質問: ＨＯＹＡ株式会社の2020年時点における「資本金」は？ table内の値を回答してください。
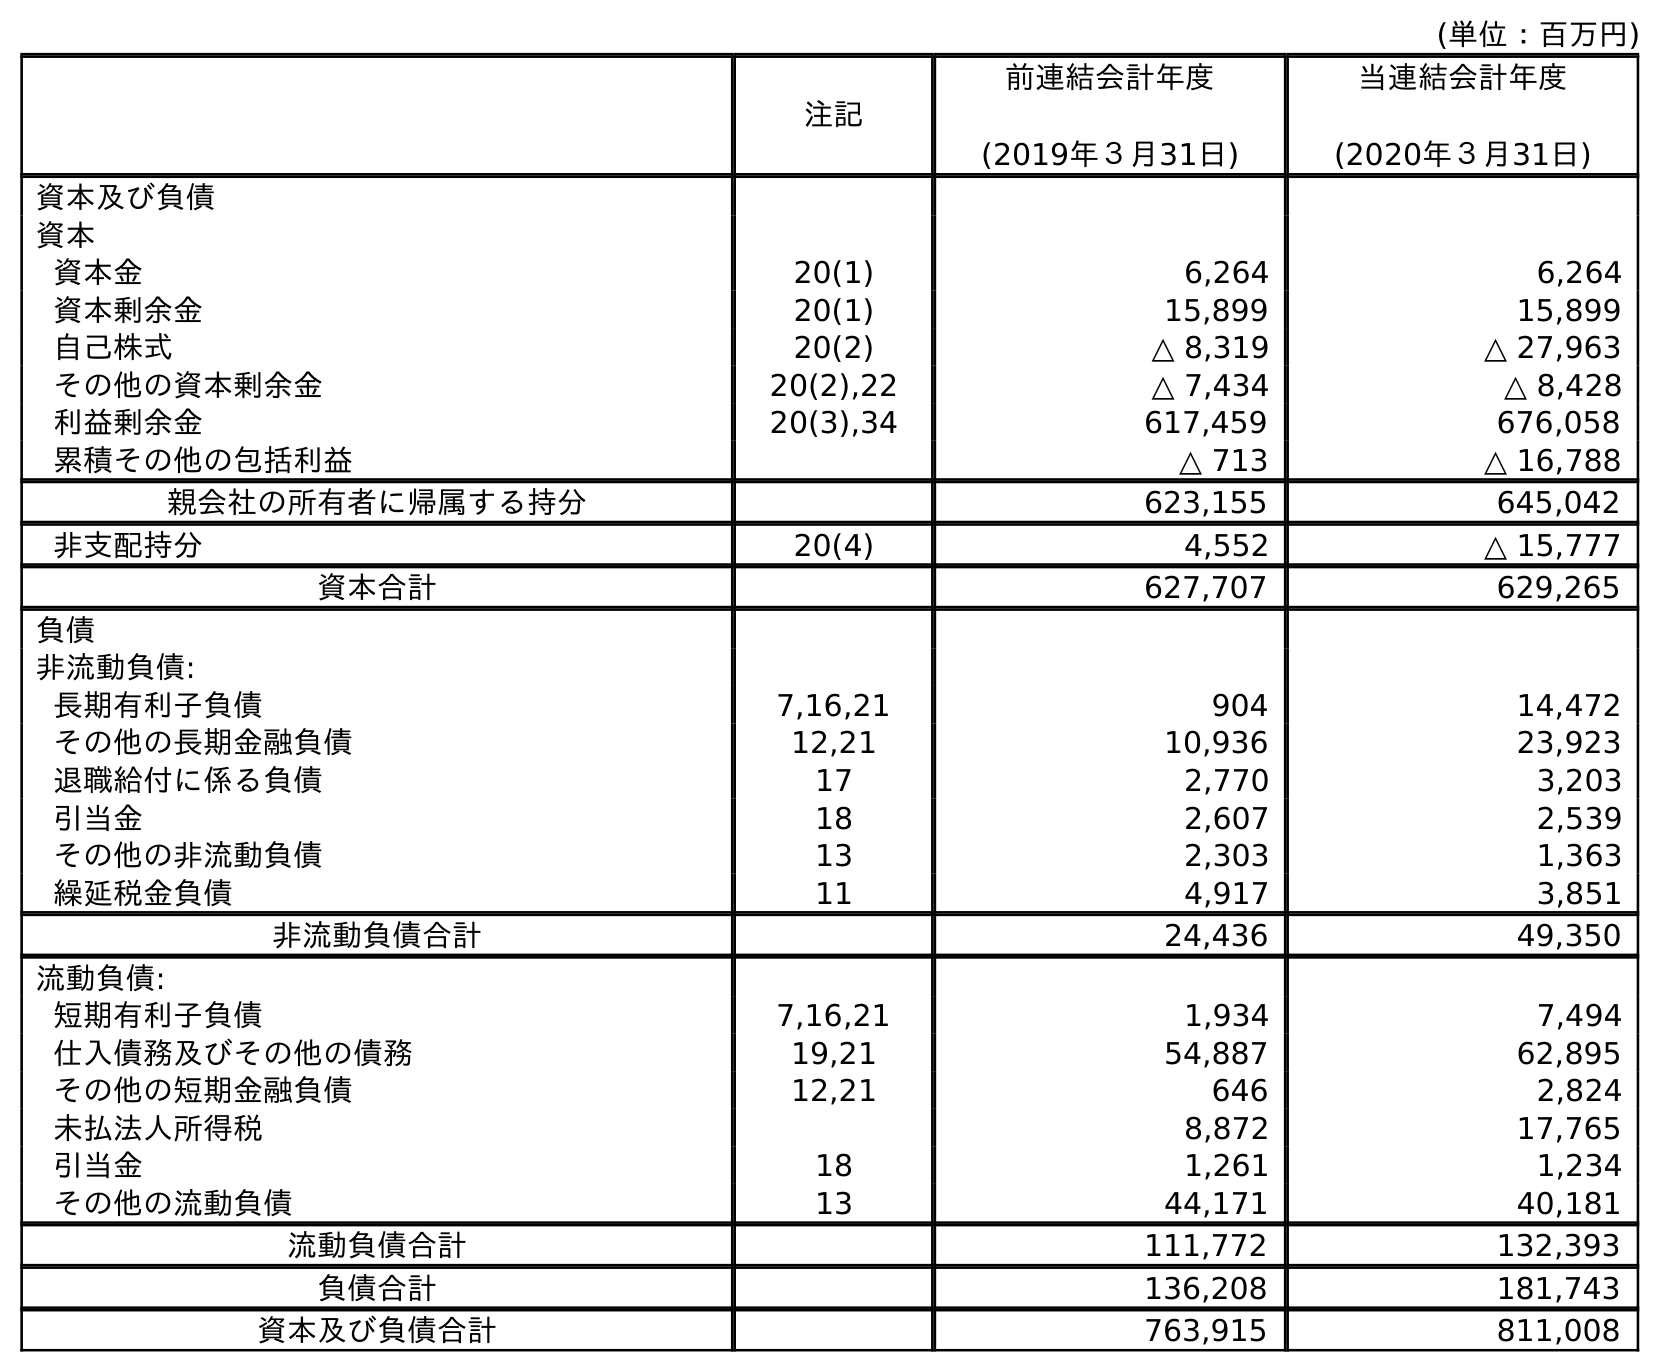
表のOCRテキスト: (単位：百万円) 注記 前連結会計年度 (2019年３月31日) 当連結会計年度 (2020年３月31日) 資本及び負債 資本 資本金 20(1) 6,264 6,264 資本剰余金 20(1) 15,899 15,899 自己株式 20(2) △ 8,319 △ 27,963 その他の資本剰余金 20(2),22 △ 7,434 △ 8,428 利益剰余金 20(3),34 617,459 676,058 累積その他の包括利益 △ 713 △ 16,788 親会社の所有者に帰属する持分 623,155 645,042 非支配持分 20(4) 4,552 △ 15,777 資本合計 627,707 629,265 負債 非流動負債: 長期有利子負債 7,16,21 904 14,472 その他の長期金融負債 12,21 10,936 23,923 退職給付に係る負債 17 2,770 3,203 引当金 18 2,607 2,539 その他の非流動負債 13 2,303 1,363 繰延税金負債 11 4,917 3,851 非流動負債合計 24,436 49,350 流動負債: 短期有利子負債 7,16,21 1,934 7,494 仕入債務及びその他の債務 19,21 54,887 62,895 その他の短期金融負債 12,21 646 2,824 未払法人所得税 8,872 17,765 引当金 18 1,261 1,234 その他の流動負債 13 44,171 40,181 流動負債合計 111,772 132,393 負債合計 136,208 181,743 資本及び負債合計 763,915 811,008
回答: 6,264